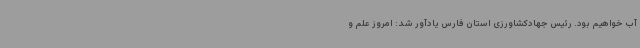
آب خواهیم بود. رئیس جهادکشاورزی استان فارس یادآور شد: امروز علم و